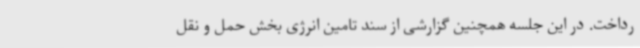
رداخت. در این جلسه همچنین گزارشی از سند تامین انرژی بخش حمل و نقل